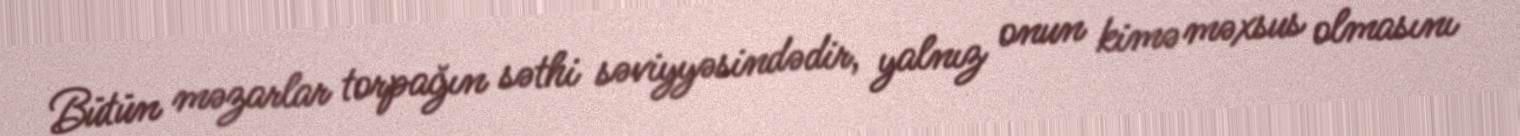
Bütün məzarlar torpağın səthi səviyyəsindədir, yalnız onun kimə məxsus olmasını